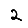
Digit: 2